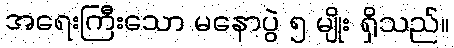
အရေးကြီးသော မနောပွဲ ၅ မျိုး ရှိသည်။